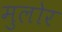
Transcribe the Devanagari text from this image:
मुलोर